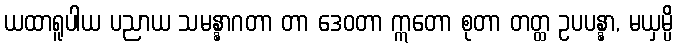
ယထာရူပါယ ပညာယ သမန္နာဂတာ တာ ဒေဝတာ ဣတော စုတာ တတ္ထ ဥပပန္နာ, မယှမ္ပိ